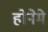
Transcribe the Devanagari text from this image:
होनेमे